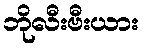
ဘိုလီးဗီးယား